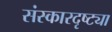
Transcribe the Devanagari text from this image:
संस्कारदृष्ट्या